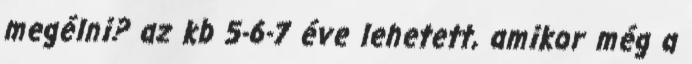
megélni? az kb 5-6-7 éve lehetett, amikor még a